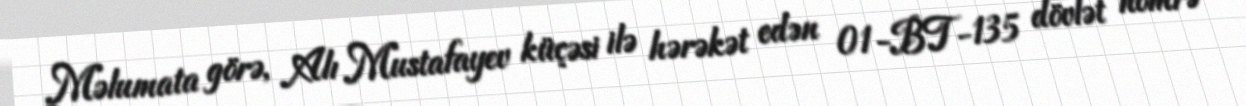
Məlumata görə, Alı Mustafayev küçəsi ilə hərəkət edən 01-BT-135 dövlət nömrə